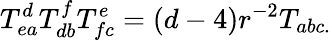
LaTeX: T_{ea}^{d}T_{db}^{f}T_{fc}^{e}=(d-4)r^{-2}T_{abc.}